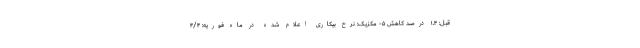
قبل: ۱.۴ درصد کاهش ۵- مکزیک: نرخ بیکاری اعلام شده در ماه فوریه: ۴/۴